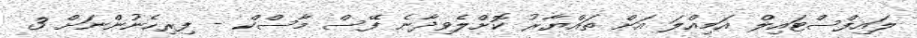
ލައިފްސްޓައިލް އަމިއްލަ އަށް ތައްޔާރު ކޮށްލެވިދާނެ ފޭސް މާސްކް - ފިރިހެނުންނަށް 3